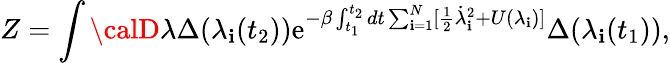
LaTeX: Z=\int{\calD}\lambda\Delta(\lambda_{\mathbf{i}}(t_{2}))\mathrm{e}^{-\beta\int_{t_{1}}^{t_{2}}dt\sum_{\mathbf{i}=1}^{N}[\frac{{1}}{{2}}\dot{{\lambda}}_{\mathbf{i}}^{2}+U(\lambda_{\mathbf{i}})]}\Delta(\lambda_{\mathbf{i}}(t_{1})),